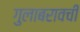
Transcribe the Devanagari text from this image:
गुलाबरावची